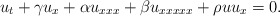
\begin{align*}u_t + \gamma u_x + \alpha u_{xxx} + \beta u_{xxxxx} + \rho uu_x = 0.\end{align*}